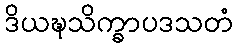
ဒိယဍ္ဎသိက္ခာပဒသတံ